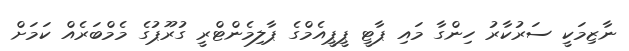
ނާޒިމަކީ ސަރުކާރު ހިންގާ މައި ޕާޓީ ޕީޕީއެމްގެ ޕާލިމެންޓްރީ ގުރޫޕުގެ މެމްބަރެއް ކަމަށް